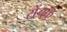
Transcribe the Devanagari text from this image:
रोंचक